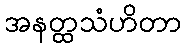
အနတ္ထသံဟိတာ